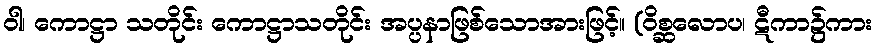
ဝါ၊ ကောဋ္ဌာ သတိုင်း ကောဋ္ဌာသတိုင်း အပ္ပနာဖြစ်သောအားဖြင့်။ (ဝိစ္ဆလောပ၊ ဋီကာ၌ကား